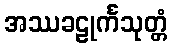
အဿခဠုင်္ကသုတ္တံ